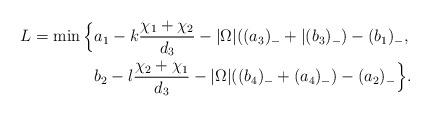
LaTeX: \begin{align*}L=\min\Big\{&a_1-k\frac{\chi_1+\chi_2}{d_3}-|\Omega|((a_3)_-+|(b_3)_-)-(b_1)_-,\\&b_2-l\frac{\chi_2+\chi_1}{d_3}-|\Omega|((b_4)_-+(a_4)_-)-(a_2)_-\Big\}.\end{align*}